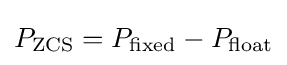
P_{\text{ZCS}}=P_{\text{fixed}}-P_{\text{float}}